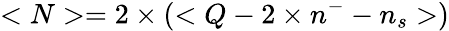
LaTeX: <N>={2}\times(<Q-2\times n^{-}-n_{s}>)